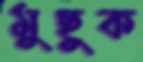
মুছুক